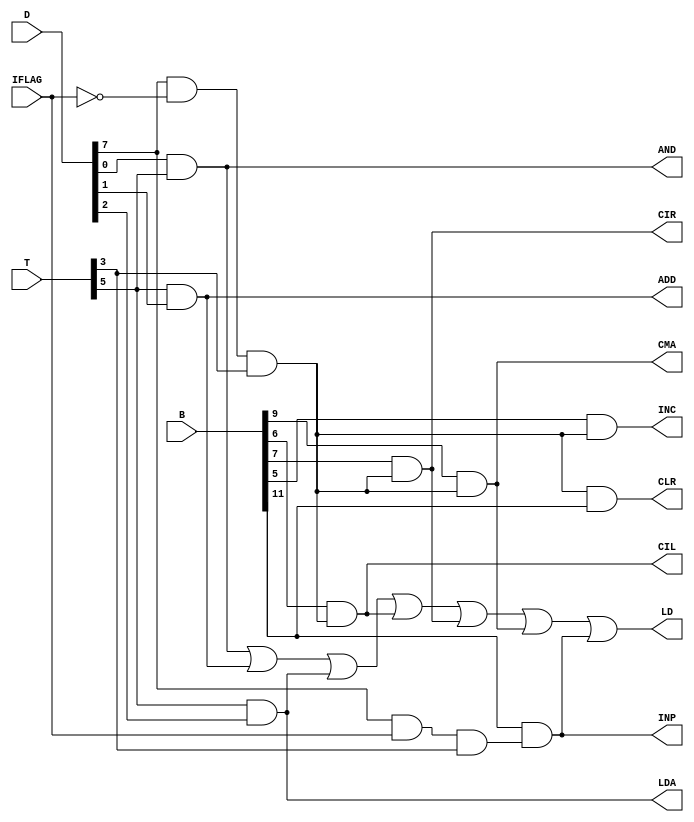
`timescale 1ns / 1ps
//////////////////////////////////////////////////////////////////////////////////
// Company: 
// Engineer: 
// 
// Design Name: 
// Module Name: AC_CONTROL
// Project Name: 
// Target Devices: 
// Tool Versions: 
// Description: 
// 
// Dependencies: 
// 
// Revision:
// Revision 0.01 - File Created
// Additional Comments:
// 
//////////////////////////////////////////////////////////////////////////////////

module AC_CONTROL(
        output AND,
        output CMA,
        output LDA,
        output ADD,
        output LD,
        output INC,
        output CLR,
        output CIR,
        output INP,
        
        

        output CIL,   

        input [7:0] T,
        input [7:0] D,
        input [15:0] B,

        input IFLAG
);


wire IFCOM;
wire r, p;

assign IFCOM = ~IFLAG ;

assign r = D[7] & IFCOM & T[3];
assign p = D[7] & IFLAG & T[3];

assign AND = D[0] & T[5];  
assign ADD = T[5] & D[1];
assign LDA = T[5] & D[2];
assign CMA = B[9] & r;
assign CIL = B[6] & r;
assign CIR   = B[7] & r;
assign INC = B[5] & r;
assign INP = B[11] & p;

assign LD = AND | ADD | LDA | CIL | CIR | CMA | INP ;  
assign CLR = r & B[11]; 
endmodule